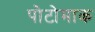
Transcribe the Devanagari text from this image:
पोटोमाक